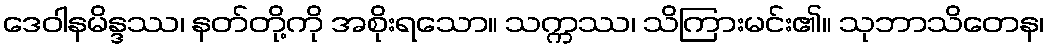
ဒေဝါနမိန္ဒဿ၊ နတ်တို့ကို အစိုးရသော။ သက္ကဿ၊ သိကြားမင်း၏။ သုဘာသိတေန၊